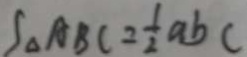
\int _ { \Delta } A B C = \frac { 1 } { 2 } a b c